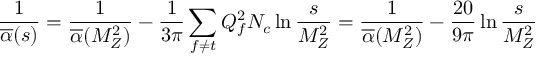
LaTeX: \frac 1 { \overline { { { \alpha } } } ( s ) } = \frac 1 { \overline { { { \alpha } } } ( M _ { Z } ^ { 2 } ) } - \frac 1 { 3 \pi } \sum _ { f \neq t } Q _ { f } ^ { 2 } N _ { c } \ln \frac s { M _ { Z } ^ { 2 } } = \frac 1 { \overline { { { \alpha } } } ( M _ { Z } ^ { 2 } ) } - \frac { 2 0 } { 9 \pi } \ln \frac s { M _ { Z } ^ { 2 } }